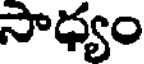
సాధ్యం